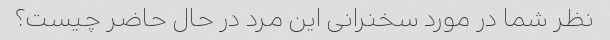
نظر شما در مورد سخنرانی این مرد در حال حاضر چیست؟